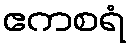
ဧကစရံ